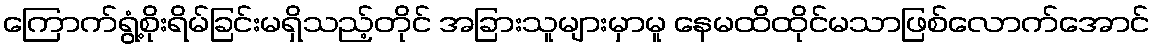
ကြောက်ရွံ့စိုးရိမ်ခြင်းမရှိသည့်တိုင် အခြားသူများမှာမူ နေမထိထိုင်မသာဖြစ်လောက်အောင်